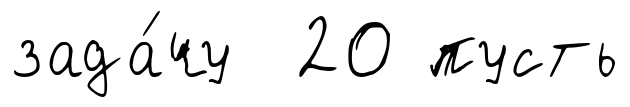
зада́чу 20 пусть